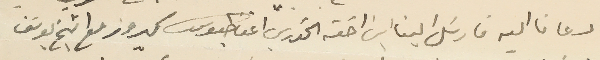
دعانا اليه فارسَل الينا ابن اخته الخوري اغناطيوس كيروز مع الشيخ يوسَف